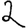
Digit: 2